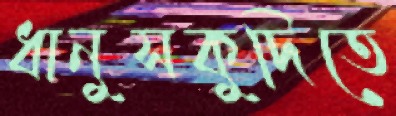
ধানুসকুদিতে